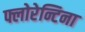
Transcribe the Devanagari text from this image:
फ्लोरेन्टिना